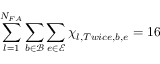
\sum _ { l = 1 } ^ { N _ { F A } } \sum _ { b \in \mathcal { B } } \sum _ { e \in \mathcal { E } } \chi _ { l , T w i c e , b , e } = 1 6